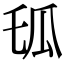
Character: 𤫪